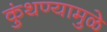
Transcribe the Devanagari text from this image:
कुंथण्यामुळे